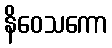
နိဝေသကော